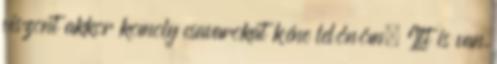
viszont akkor komoly csavarokat kéne lelőnöm. Itt is van